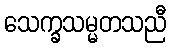
သေက္ခသမ္မတသညီ